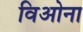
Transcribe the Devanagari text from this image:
विओना